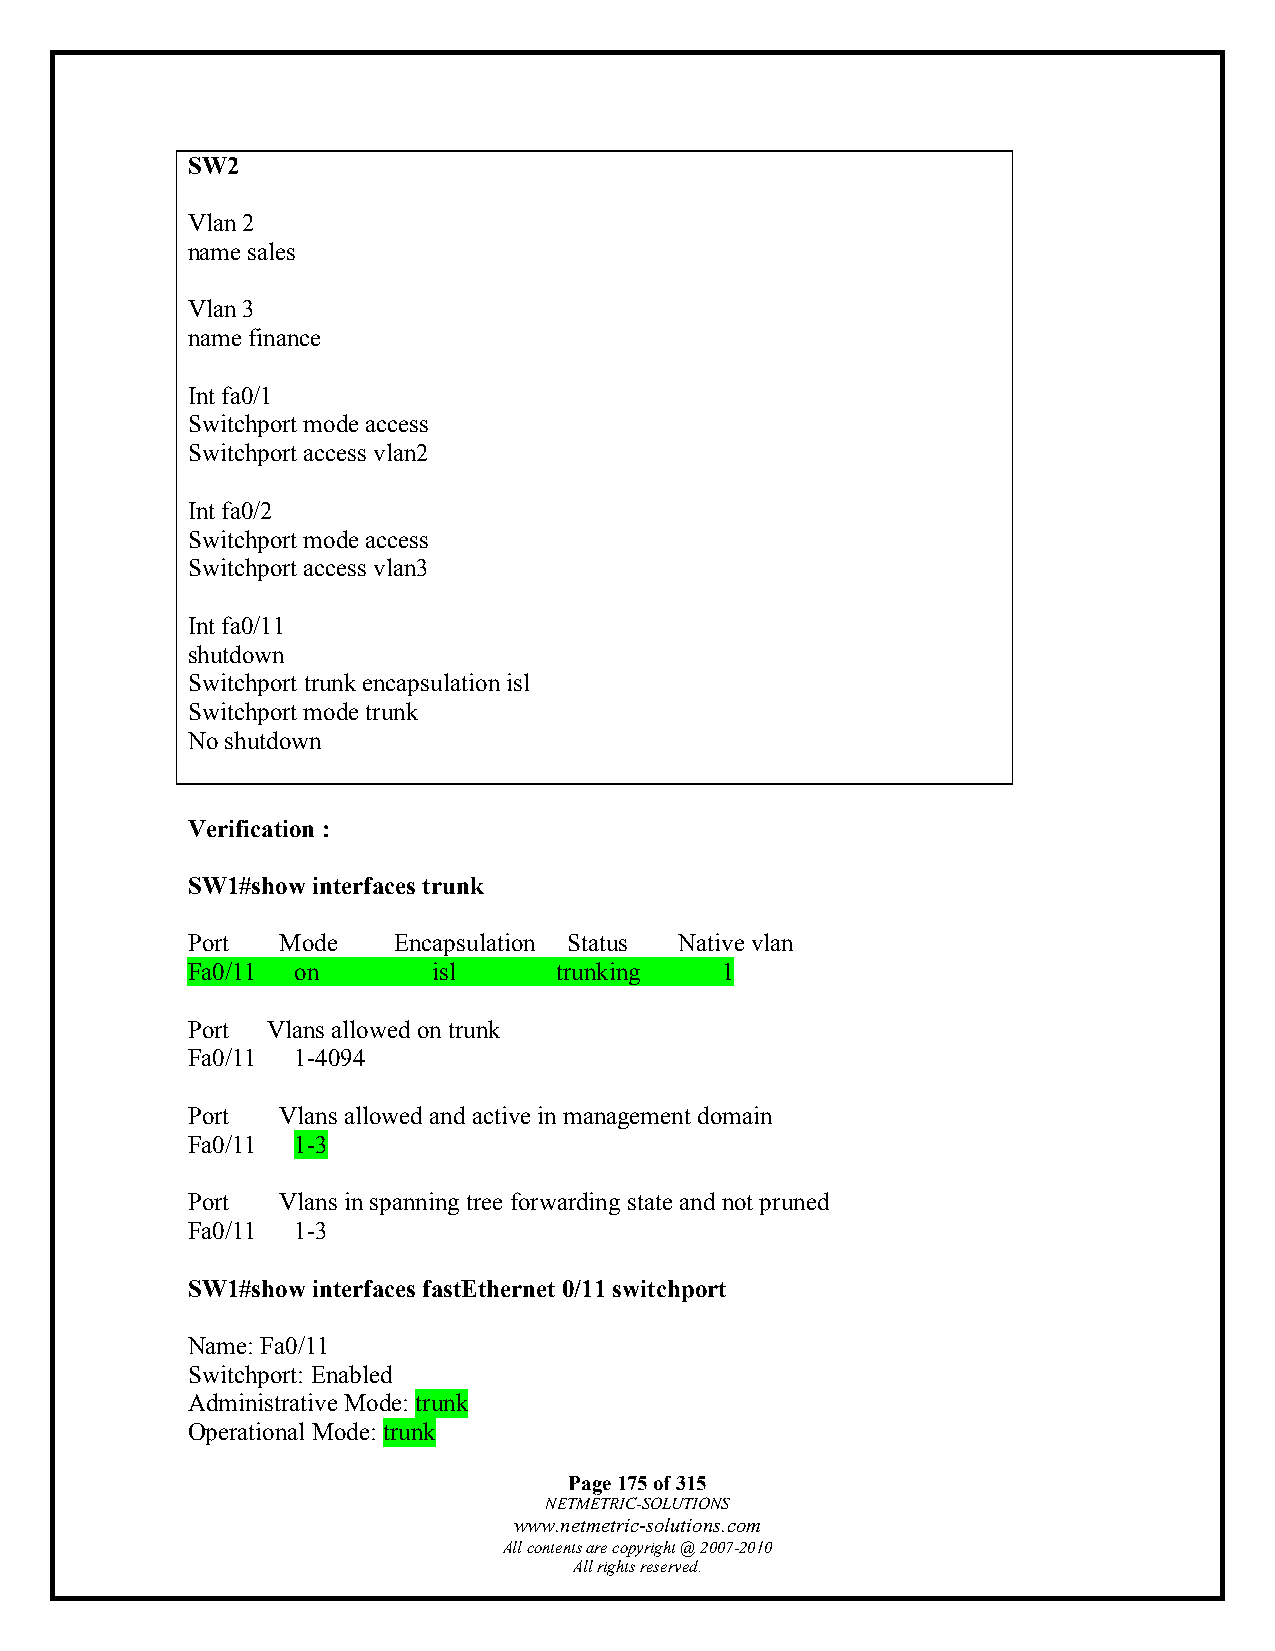
SW2
 Vlan 2
 name sales
 Vlan 3
 name finance
 Int fa0/1
 Switchport mode access
 Switchport access vlan2
 Int fa0/2
 Switchport mode access
 Switchport access vlan3
 Int fa0/11
 shutdown
 Switchport trunk encapsulation isl
 Switchport mode trunk
 No shutdown
 Verification :
 SW1#show interfaces trunk
 Port  Mode    Encapsulation Status Native vlan
 Fa0/11 on        isl     trunking   1
 Port  Vlans allowed on trunk
 Fa0/11 1-4094
 Port  Vlans allowed and active in management domain
 Fa0/11 1-3
 Port  Vlans in spanning tree forwarding state and not pruned
 Fa0/11 1-3
 SW1#show interfaces fastEthernet 0/11 switchport
 Name: Fa0/11
 Switchport: Enabled
 Administrative Mode: trunk
 Operational Mode: trunk
 Page 175 of 315
 NETMETRIC-SOLUTIONS
 www.netmetric-solutions.com
 All contents are copyright @ 2007-2010
 All rights reserved.